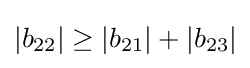
|b_{22}|\geq |b_{21}|+|b_{23}|